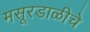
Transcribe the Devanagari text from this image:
मसूरडाळीचे